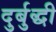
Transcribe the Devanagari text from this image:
दुर्बुद्धी